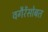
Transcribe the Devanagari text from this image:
वगैरेंसोबत